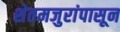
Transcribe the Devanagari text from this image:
शेतमजुरांपासून